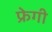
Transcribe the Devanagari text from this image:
फ्रेगी